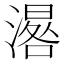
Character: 𣽞